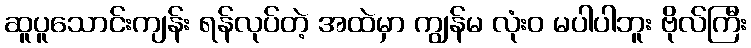
ဆူပူသောင်းကျန်း ရန်လုပ်တဲ့ အထဲမှာ ကျွန်မ လုံးဝ မပါပါဘူး ဗိုလ်ကြီး